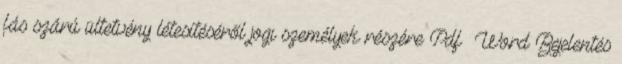
fás szárú ültetvény létesítéséről jogi személyek részére Pdf Word Bejelentés